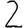
Digit: 2